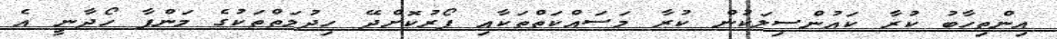
އިންތިހާބު ކުރާ ކައުންސިލަކުން ކުރާ މަސައްކަތްތަކާއި ފޯރުކޮށްދޭ ހިދުމަތްތަކުގެ މަންފާ ހޯދާނީ އެ